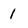
Character: 1